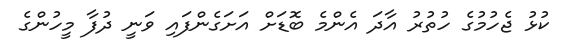
ކުޅު ޖެހުމުގެ ހުތުރު އާދަ އެންމެ ބޮޑަށް އަށަގެންފައި ވަނީ ދުފާ މީހުންގެ